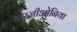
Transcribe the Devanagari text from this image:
टारजीओनिया